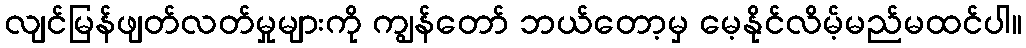
လျင်မြန်ဖျတ်လတ်မှုများကို ကျွန်တော် ဘယ်တော့မှ မေ့နိုင်လိမ့်မည်မထင်ပါ။